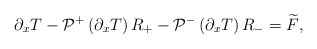
\begin{align*}\partial_x T-\mathcal{P}^+\left(\partial_x T\right) R_+-\mathcal{P}^-\left(\partial_x T\right) R_-=\widetilde{F},\end{align*}